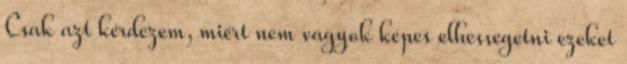
Csak azt kérdezem, miért nem vagyok képes elhessegetni ezeket